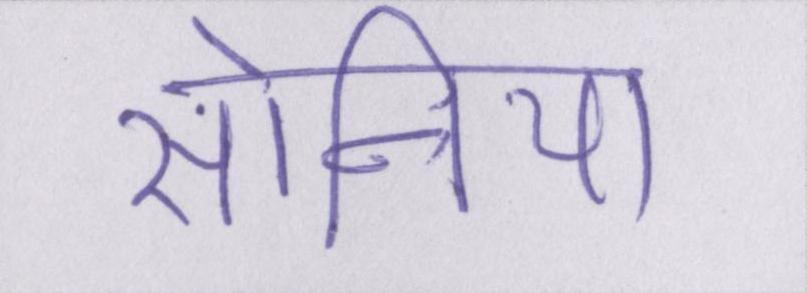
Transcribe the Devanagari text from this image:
सोनिया